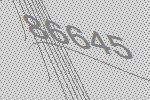
86645